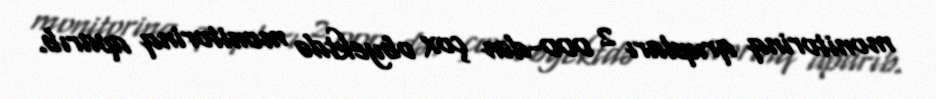
monitorinq qrupları 2 000-dən çox obyektdə monitorinq aparıb.